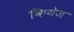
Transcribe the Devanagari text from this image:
कियेज